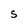
Character: S